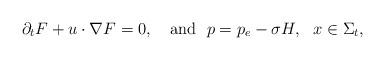
LaTeX: \begin{align*}\partial_tF+u\cdot \nabla F=0,~~~\mbox{and}~~p=p_e-\sigma H,~~x\in\Sigma_t,\end{align*}